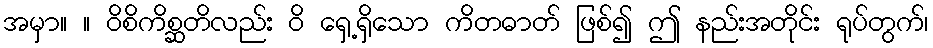
အမှာ။ ။ ဝိစိကိစ္ဆတိလည်း ဝိ ရှေ့ရှိသော ကိတဓာတ် ဖြစ်၍ ဤ နည်းအတိုင်း ရုပ်တွက်၊